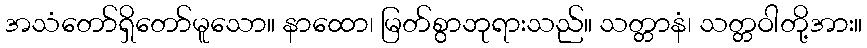
အသံတော်ရှိတော်မူသော။ နာထော၊ မြတ်စွာဘုရားသည်။ သတ္တာနံ၊ သတ္တဝါတို့အား။